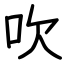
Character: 吹